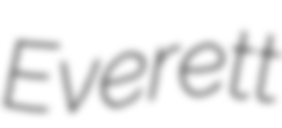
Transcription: Everett